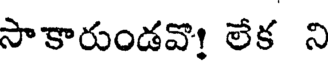
సాకారుండవొ! లేక ని